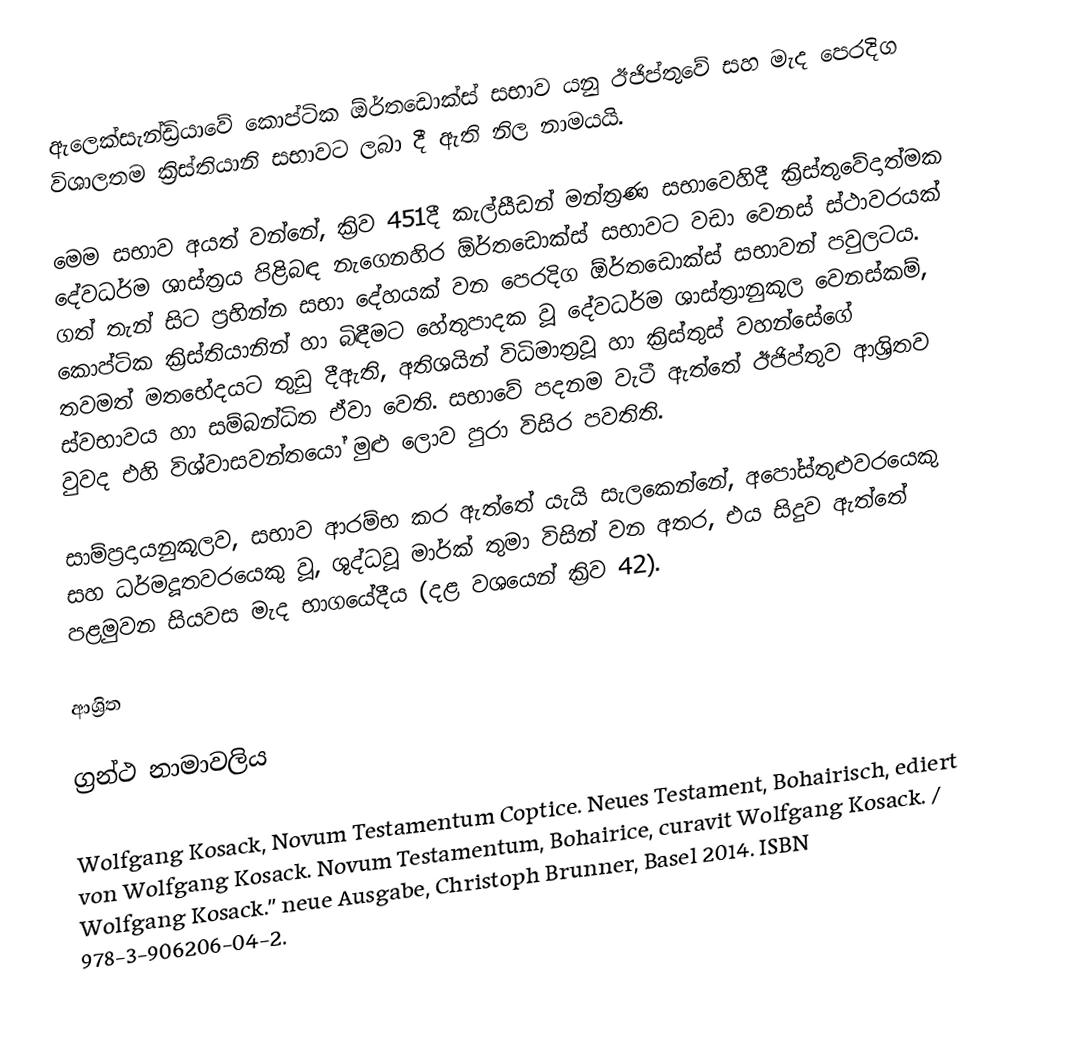
ඇලෙක්සැන්ඩ්‍රියාවේ කොප්ටික ඕර්තඩොක්ස් සභාව යනු ඊජිප්තුවේ සහ මැද පෙරදිග විශාලතම   ක්‍රිස්තියානි සභාවට ලබා දී ඇති නිල නාමයයි.

මෙම සභාව අයත් වන්නේ,  ක්‍රිව 451දී  කැල්සීඩන් මන්ත්‍රණ සභාවෙහිදී ක්‍රිස්තුවේදාත්මක දේවධර්ම ශාස්ත්‍රය පිළිබඳ    නැගෙනහිර ඕර්තඩොක්ස් සභාවට වඩා වෙනස් ස්ථාවරයක් ගත්  තැන් සිට ප්‍රභින්න සභා දේහයක් වන පෙරදිග ඕර්තඩොක්ස් සභාවන් පවුලටය. කොප්ටික ක්‍රිස්තියානින් හා බිඳීමට හේතුපාදක වූ දේවධර්ම ශාස්ත්‍රානුකූල වෙනස්කම්, තවමත් මතභේදයට තුඩු දීඇති, අතිශයින් විධිමාත්‍රවූ හා   ක්‍රිස්තුස් වහන්සේගේ ස්වභාවය හා සම්බන්ධිත ඒවා වෙති. සභාවේ පදනම වැටී ඇත්තේ ඊජිප්තුව ආශ්‍රිතව වුවද එහි විශ්වාසවන්තයෝ මුළු ලොව පුරා විසිර පවතිති.

සාම්ප්‍රදායනුකූලව, සභාව ආරම්භ කර ඇත්තේ යැයි සැලකෙන්නේ, අපෝස්තුළුවරයෙකු සහ ධර්මදූතවරයෙකු වූ,  ශුද්ධවූ මාර්ක් තුමා විසින් වන අතර, එය සිදුව ඇත්තේ පළමුවන සියවස මැද භාගයේදීය (දළ වශයෙන් ක්‍රිව  42).

ආශ්‍රිත

ග්‍රන්ථ නාමාවලිය

 Wolfgang Kosack, Novum Testamentum Coptice. Neues Testament, Bohairisch, ediert von Wolfgang Kosack. Novum Testamentum, Bohairice, curavit Wolfgang Kosack. / Wolfgang Kosack.'' neue Ausgabe, Christoph Brunner, Basel 2014. ISBN 978-3-906206-04-2.